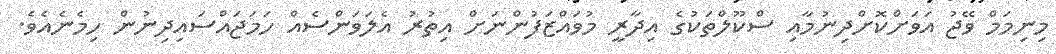
މިނިމަމް ވޭޖު އަވަށްކޮށްދިނުމާއި ސްކޫލްތަކުގެ އިދާރީ މުވައްޒަފުންނަށް އިތުރު އެލަވަންސެއް ހަމަޖައްސައިިދިނުން ހިމެނެއެވެ.